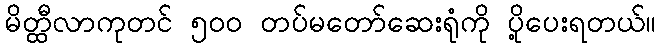
မိတ္ထီလာကုတင် ၅၀၀ တပ်မတော်ဆေးရုံကို ပို့ပေးရတယ်။